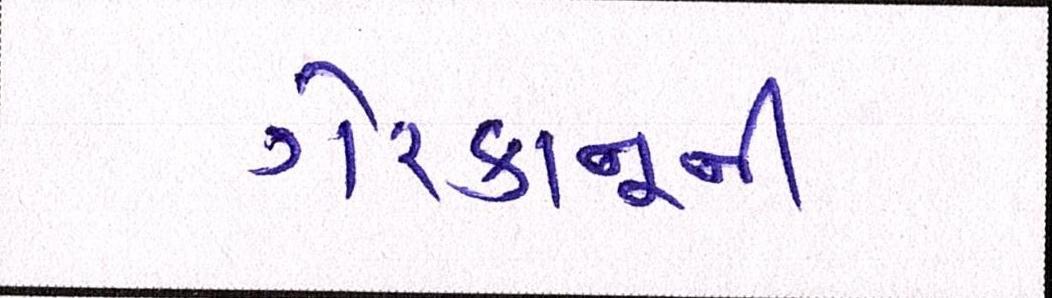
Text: ગેરકાનૂની